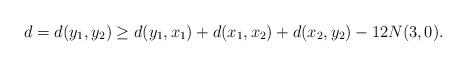
LaTeX: \begin{align*} d=d(y_1,y_2)\geq d(y_1,x_1)+ d(x_1,x_2)+d(x_2,y_2) - 12N(3,0).\end{align*}